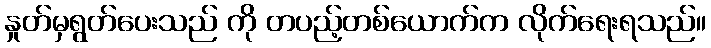
နှုတ်မှရွတ်ပေးသည် ကို တပည့်တစ်ယောက်က လိုက်ရေးရသည်။